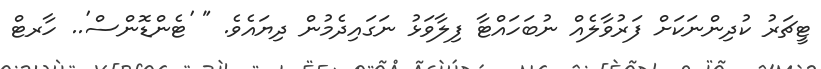
ޓީޗަރު ކުދިންނަކަށް ފަރުވާލެއް ނުބަހައްޓާ ފިލާވަޅު ނަގައިދެމުން ދިޔައެވެ. " 'ޓެންޑޮންސް'.. ހާރޓް